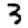
Digit: 3